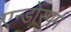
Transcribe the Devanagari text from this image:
एन्डोस्पर्म